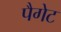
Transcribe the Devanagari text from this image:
पैगेट